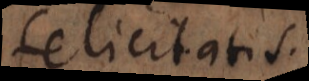
felicitat